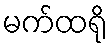
မက်ထရို